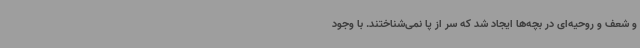
و شعف و روحیه‌ای در بچه‌ها ایجاد شد که سر از پا نمی‌شناختند. با وجود